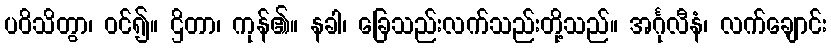
ပဝိသိတွာ၊ ဝင်၍။ ဌိတာ၊ ကုန်၏။ နခါ၊ ခြေသည်းလက်သည်းတို့သည်။ အင်္ဂုလီနံ၊ လက်ချောင်း